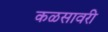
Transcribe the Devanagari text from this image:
कळसावरी